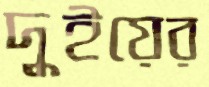
দুইয়ের